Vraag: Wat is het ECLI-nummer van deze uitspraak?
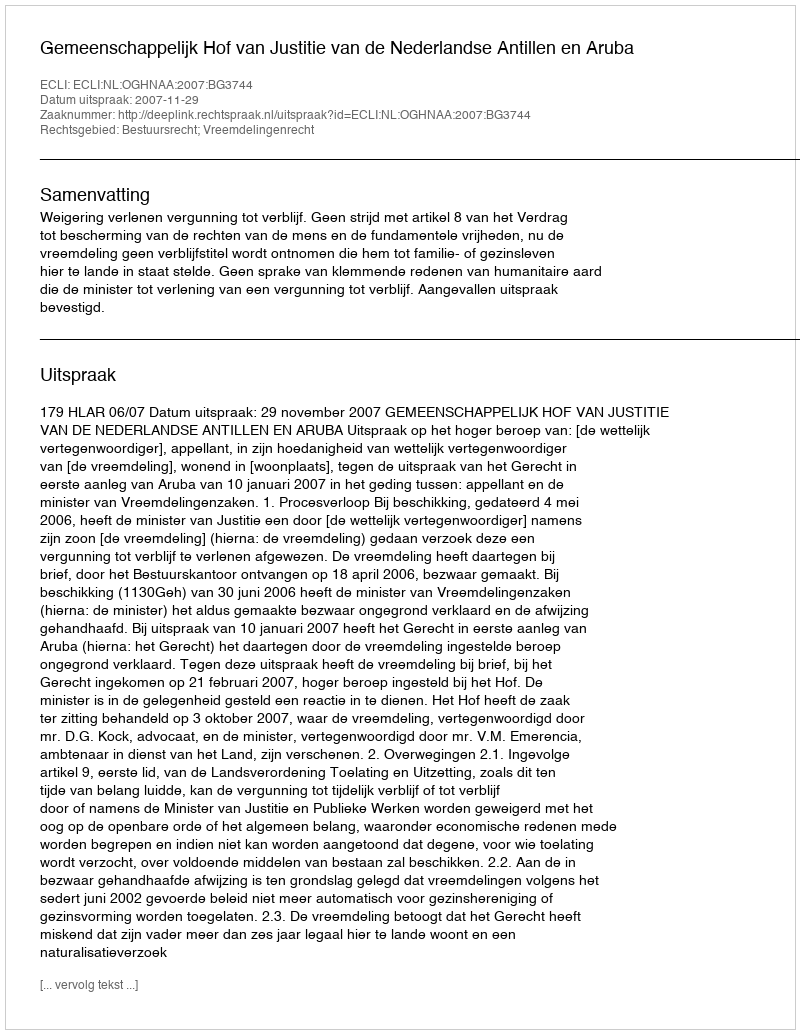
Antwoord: ECLI:NL:OGHNAA:2007:BG3744